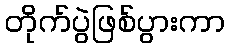
တိုက်ပွဲဖြစ်ပွားကာ